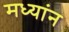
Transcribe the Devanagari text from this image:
मध्यांन